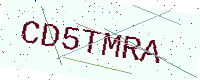
Text: CD5TMRA